Annual report of the Punjab Veterinary College and of the Civil Veterinary Department, Punjab - 1920-1925
Year: 1920
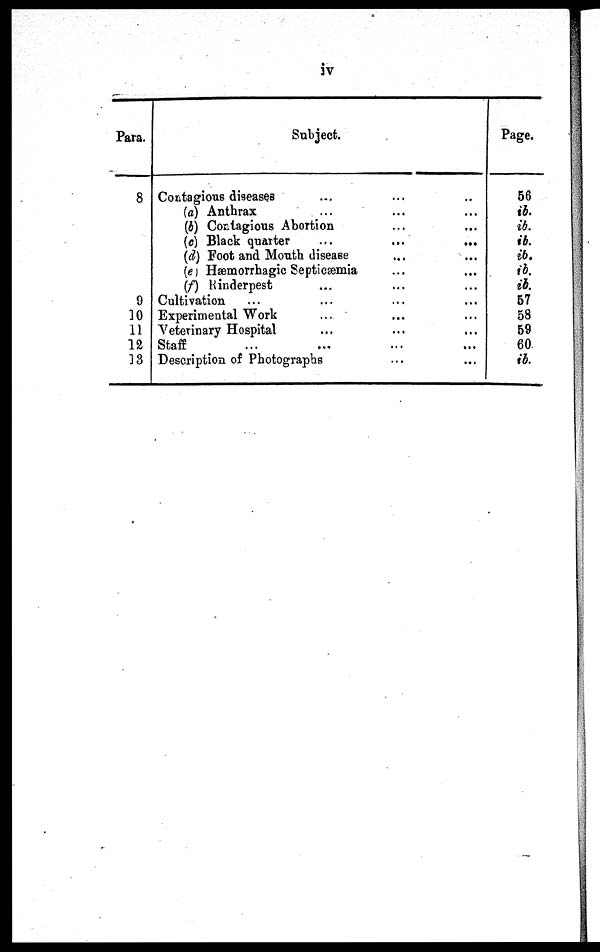
iv
Para.
8
9
10
11
12
13
Subject.
Contagions diseases ... ... ... ... ...
(a) Anthrax ... ...
(b) Contagious Abortion ... ...
(c) Black quarter ... ... ...
(d) Foot and Mouth disease ... ...
(e) Hæmorrhagic Septicæmia ... ...
(f) Rinderpest ... ... ...
Cultivation ... ... ...
Experimental Work ... ... ... ...
Veterinary Hospital ... ... ...
Staff ... ... ...
Description of Photographs ... ... ...
Page.
56
ib.
ib.
ib.
ib.
ib.
it.
57
58
59
60.
ib.